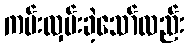
ကမ်းလှမ်းခဲ့သော်လည်း